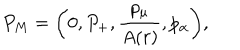
LaTeX: P _ { M } = \left( 0 , P _ { + } , \frac { p _ { \mu } } { A ( r ) } , p _ { \alpha } \right) \! ,